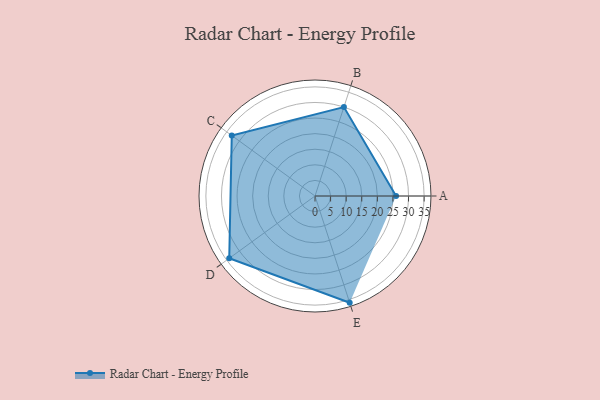
{"axis": {"x": "Skill", "y": "Score"}, "legend": ["Profile"], "data": [{"x": "A", "y": 26.0, "type": "Profile"}, {"x": "B", "y": 30.0, "type": "Profile"}, {"x": "C", "y": 33.0, "type": "Profile"}, {"x": "D", "y": 34.0, "type": "Profile"}, {"x": "E", "y": 36.0, "type": "Profile"}]}